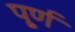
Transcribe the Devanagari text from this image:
पू्र्ण